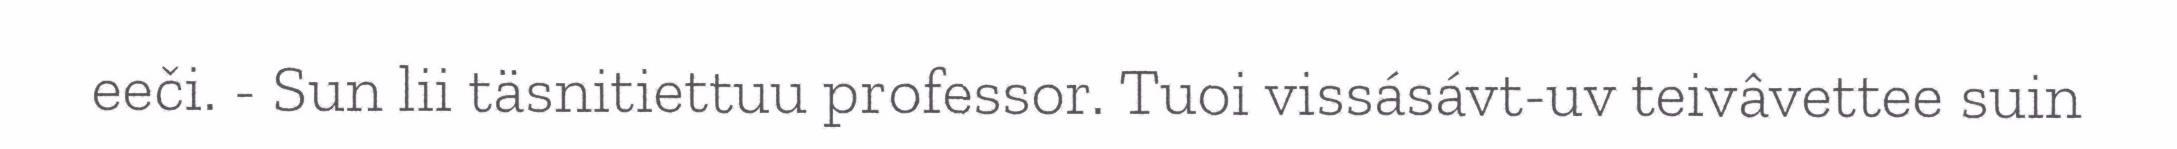
eeči. - Sun lii täsnitiettuu professor. Tuoi vissásávt-uv teivâvettee suin